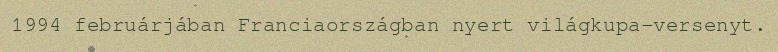
1994 februárjában Franciaországban nyert világkupa-versenyt.